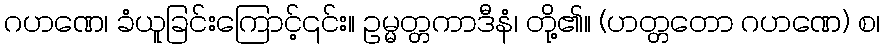
ဂဟဏေ၊ ခံယူခြင်းကြောင့်၎င်း။ ဥမ္မတ္တကာဒီနံ၊ တို့၏။ (ဟတ္တတော ဂဟဏေ) စ၊